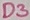
Text: D3